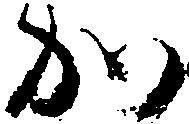
か